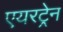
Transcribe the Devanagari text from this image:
एयरट्रेन